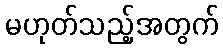
မဟုတ်သည့်အတွက်